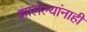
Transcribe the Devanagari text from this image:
झालेल्यांनाही